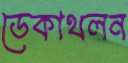
ডেকাথলন